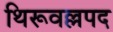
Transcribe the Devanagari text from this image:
थिरूवल्लपद